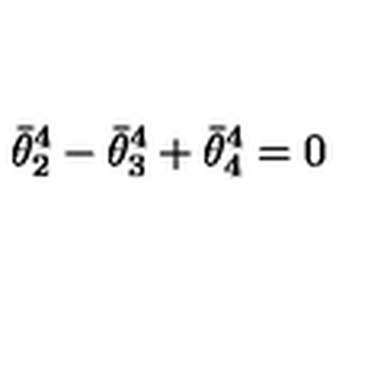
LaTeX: \bar { \theta } _ { 2 } ^ { 4 } - \bar { \theta } _ { 3 } ^ { 4 } + \bar { \theta } _ { 4 } ^ { 4 } = 0